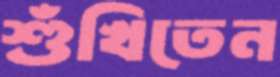
শুঁখিতেন